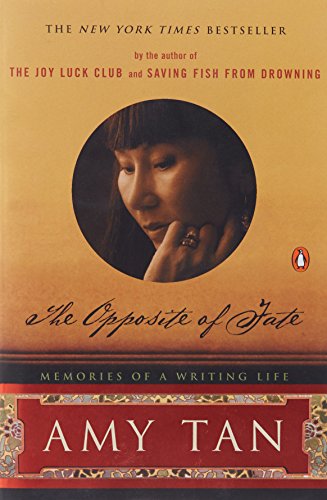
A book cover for The Opposite of Fate: Memories of a Writing Life; Amy Tan; Biographies & Memoirs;